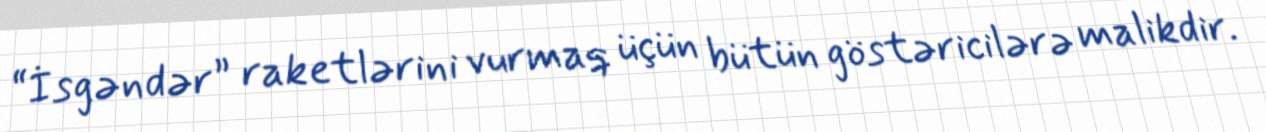
“İsgəndər” raketlərini vurmaq üçün bütün göstəricilərə malikdir.